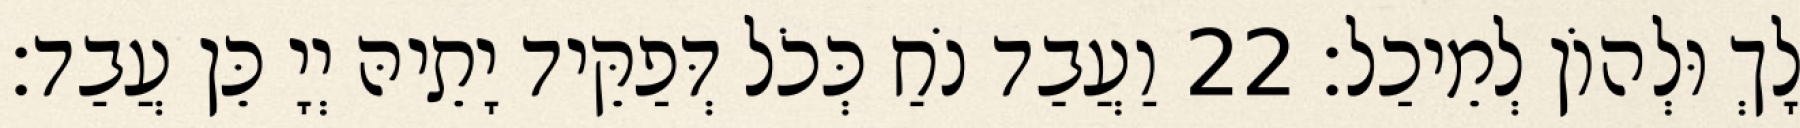
לָךְ וּלְהוֹן לְמֵיכַל׃ 22 וַעֲבַד נֹחַ כְּכֹל דְּפַקֵּיד יָתֵיהּ יְיָ כֵּן עֲבַד׃